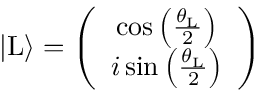
\begin{array} { r } { | \mathrm { L } \rangle = \left( \begin{array} { c c } { \cos \left( \frac { \theta _ { \mathrm { L } } } { 2 } \right) } \\ { i \sin \left( \frac { \theta _ { \mathrm { L } } } { 2 } \right) } \end{array} \right) } \end{array}